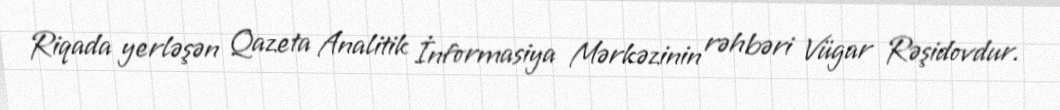
Riqada yerləşən Qazeta Analitik İnformasiya Mərkəzinin rəhbəri Vügar Rəşidovdur.